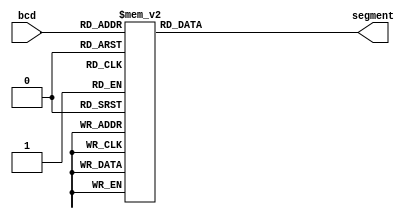
`timescale 1ns / 1ps
//////////////////////////////////////////////////////////////////////////////////
// Company: 
// Engineer: 
// 
// Design Name: 
// Module Name: BDC_to_7Segment
// Project Name: 
// Target Devices: 
// Tool Versions: 
// Description: 
// 
// Dependencies: 
// 
// Revision:
// Revision 0.01 - File Created
// Additional Comments:
// 
//////////////////////////////////////////////////////////////////////////////////


module BDC_to_7Segment(
    input [3:0] bcd,
    output reg [6:0] segment
    );
    always@(*) 
    begin 
    case(bcd) 
    0:segment=7'b1111110;
    1:segment=7'b0110000;
    2:segment=7'b1101101;
    3:segment=7'b1111001;
    4:segment=7'b0110011;
    5:segment=7'b1011011;
    6:segment=7'b1011111;
    7:segment=7'b1110000;
    8:segment=7'b1111111;
    9:segment=7'b1111011;
    default:segment=7'b0000000;
    endcase
    end
 
endmodule